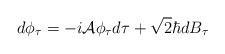
\begin{align*}d\phi_{\tau}=-i{\cal A}\phi_{\tau}d\tau +\sqrt{2}\hbar dB_{\tau}\end{align*}